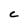
Character: C